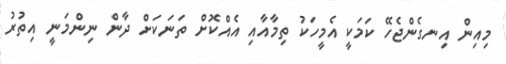
މިއިން އިނގެންޖެހޭ ކަމަކީ އެމީހަކު ތިމާއާއި އެއްކޮށް ތަނަކަށް ދާން ނިންމަނީ އިތުރު